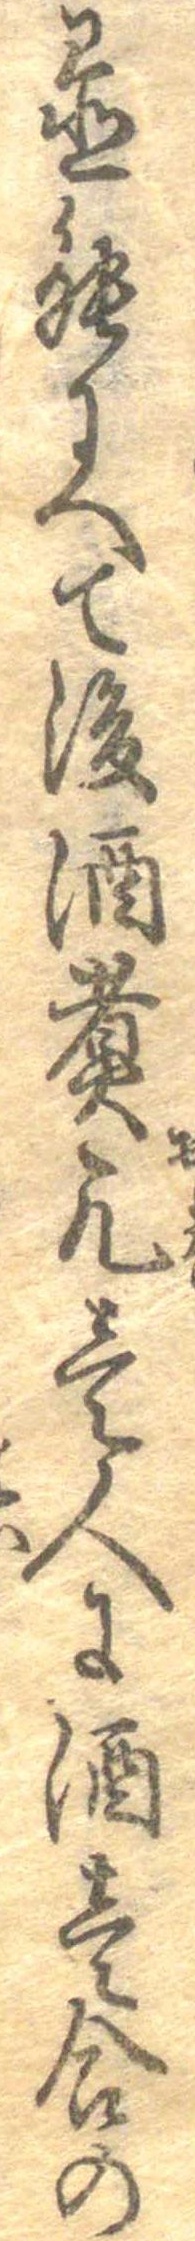
置能にへて後酒煮凡壱人に酒壱合の